Document type: Sale
Year: 1355
Scribe: Pere Borrell
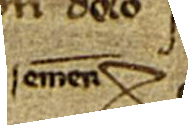
ementi